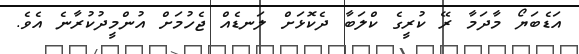
އަޑެބަޔޯ މާދަމާ ރޭ ކުރީގެ ކްލަބާ ދެކޮޅަށް ލަނޑެއް ޖެހުމަށް އުންމީދުކުރާނެ އެވެ.